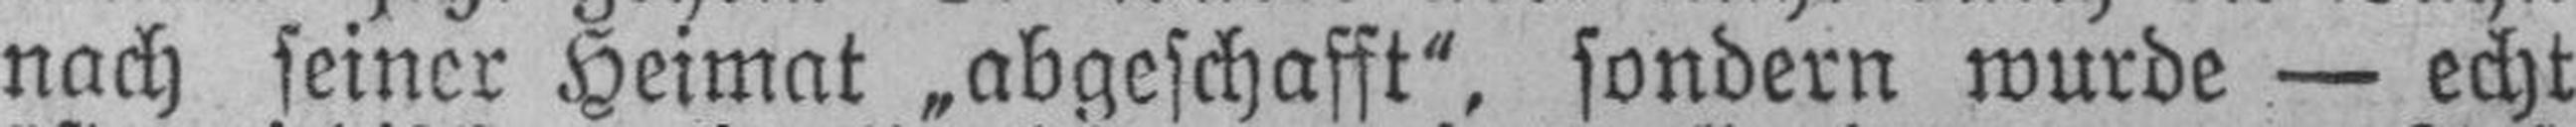
nach seiner Heimat „abgeschafft“, sondern wurde — echt